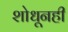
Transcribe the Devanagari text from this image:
शोधूनही